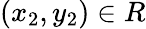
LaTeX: (x_{2},y_{2})\in R